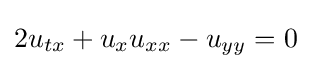
\displaystyle 2u_{tx}+u_{x}u_{xx}-u_{yy}=0